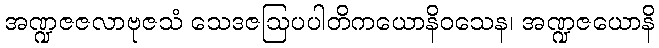
အဏ္ဍဇဇလာဗုဇသံ သေဒဇဩပပါတိကယောနိဝသေန၊ အဏ္ဍဇယောနိ